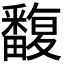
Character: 𤳺